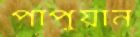
পাপুয়ান